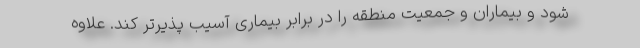
شود و بیماران و جمعیت منطقه را در برابر بیماری آسیب پذیرتر کند. علاوه